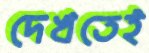
দেখতেই